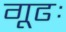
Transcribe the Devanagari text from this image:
गूढः